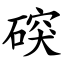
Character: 䃐